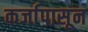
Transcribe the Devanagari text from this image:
कर्जापासून